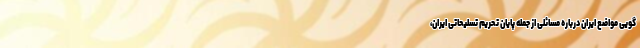
گویی مواضع ایران درباره مسائلی از جمله پایان تحریم تسلیحاتی ایران،